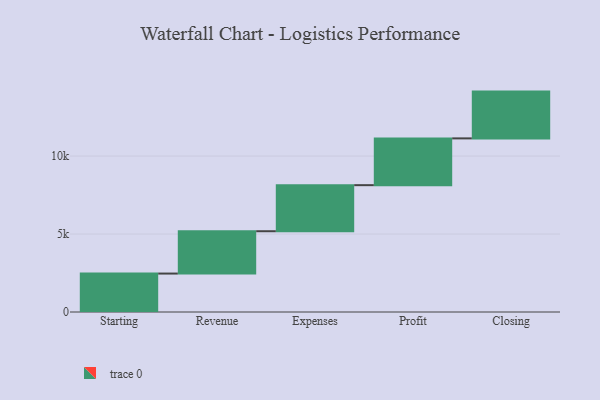
{"axis": {"x": "Step", "y": "Value"}, "legend": [""], "data": [{"x": "Starting", "y": 2465.0, "type": ""}, {"x": "Revenue", "y": 2715.0, "type": ""}, {"x": "Expenses", "y": 2955.0, "type": ""}, {"x": "Profit", "y": 3000, "type": ""}, {"x": "Closing", "y": 3000, "type": ""}]}